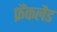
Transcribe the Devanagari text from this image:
फ्रैंकलैड